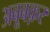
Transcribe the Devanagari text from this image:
अबूबक़र